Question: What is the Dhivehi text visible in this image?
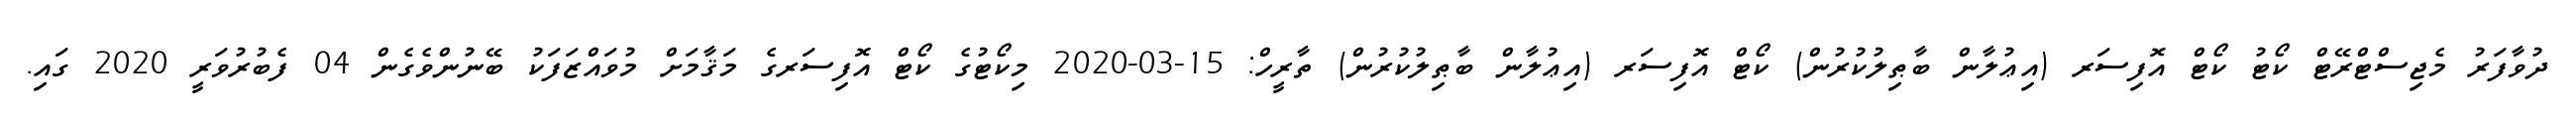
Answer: ދުވާފަރު މެޖިސްޓްރޭޓް ކޯޓު ކޯޓް އޮފިސަރ (އިޢުލާން ބާޠިލުކުރުން) ކޯޓް އޮފިސަރ (އިޢުލާން ބާޠިލުކުރުން) ތާރީހް: 15-03-2020 މިކޯޓުގެ ކޯޓް އޮފިސަރގެ މަޤާމަށް މުވައްޒަފަކު ބޭނުންވެގެން 04 ފެބުރުވަރީ 2020 ގައި.